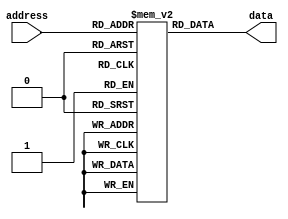
module PROM (
    input [7:0] address,
    output reg [7:0] data
);

reg [7:0] memory [0:255]; // Declare array of memory blocks

always @* begin
    // Control logic to select memory block based on input address
    data = memory[address];
end

// Code for programming the memory blocks with desired data values during design phase

endmodule